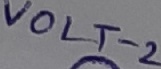
Text: VOLT-2